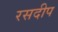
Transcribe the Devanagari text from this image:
रसदीप